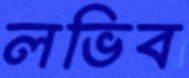
লভিব